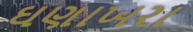
ઘણાખરા